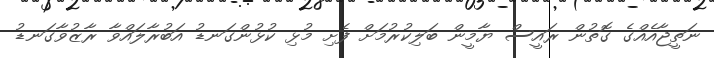
ނަތީޖާއެއްގެ ގޮތުން ރައީސް ޔާމީން ބަލިކުރުމަށް ފެށި މުޅި ކުޅުންގަނޑު އަބުރާލައްވާ ރާޒުވާގަނޑު